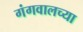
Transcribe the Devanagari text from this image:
गंगवालच्या